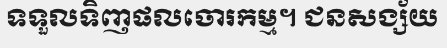
ទទួលទិញផលចោរកម្ម។ ជនសង្ស័យ